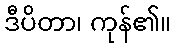
ဒီပိတာ၊ ကုန်၏။